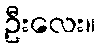
ဦးလေး။